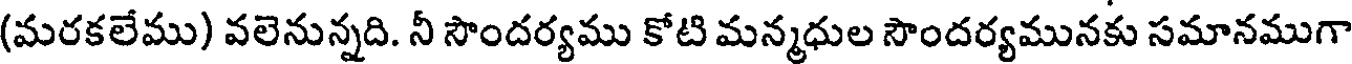
(మరకలేము) వలెనున్నది. నీ సౌందర్యము కోటి మన్మధుల సౌందర్యమునకు సమానముగా